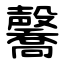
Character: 毊